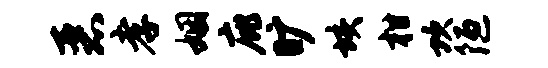
恶孝姻庇旷垓柑坎陋